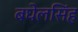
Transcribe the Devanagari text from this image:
बघेलसिंह